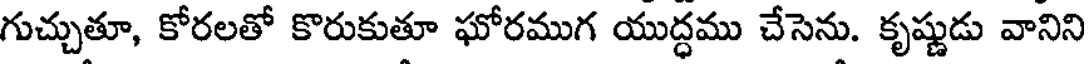
గుచ్చుతూ, కోరలతో కొరుకుతూ ఘోరముగ యుద్ధము చేసెను. కృష్ణుడు వానిని